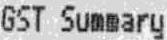
GST SUMMARY